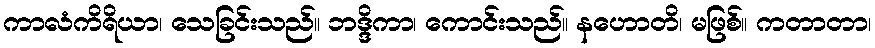
ကာလံကိရိယာ၊ သေခြင်းသည်။ ဘဒ္ဒိကာ၊ ကောင်းသည်။ နဟောတိ၊ မဖြစ်။ ကတာတာ၊